Civil Veterinary Dept. Bombay admin report 1932-41 - 1932-1941
Year: 1932
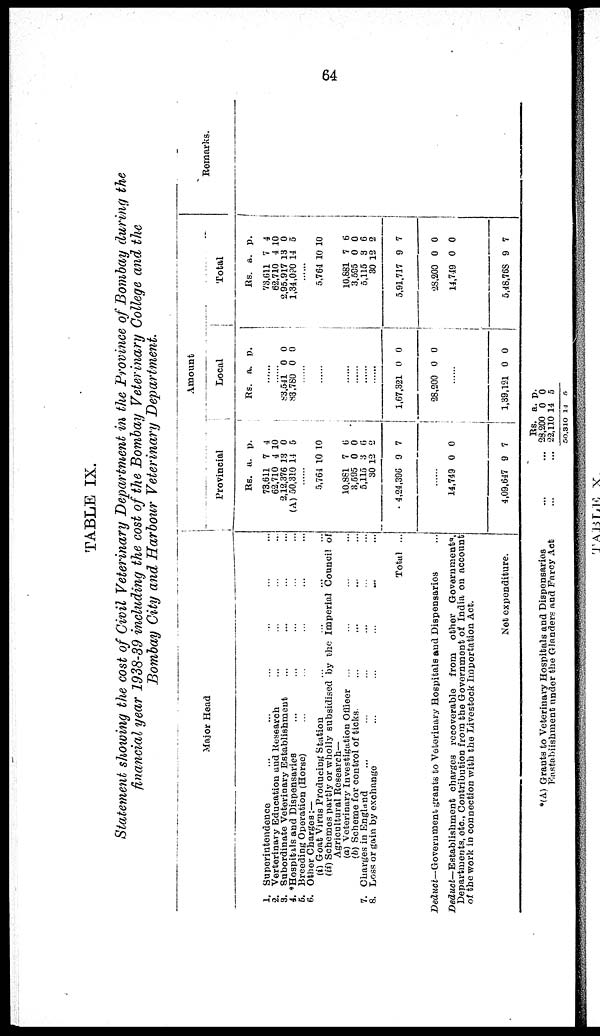
64
TABLE IX.
Statement showing the cost of Civil Veterinary Department in the Province of Bombay during the
financial year 1938-39 including the cost of the Bombay Veterinary College and the
Bombay City and Harbour Veterinary Department.
Major Head
1. Superintendence ... ... ... ...
2. Verterinary Education and Research ... ... ... ...
3. Subordinate Veterinary Establishment ... ... ... ...
4. *Hospitals and Dispensaries ... ... ... ...
6. Breeding Operation (Horse) ... ... ... ...
6. Other Charges;—
(i) Goat Virus Producing Station ... ... ...
(ii) Schemes partly or wholly subsidised by the Imperial Council of
Agricultural Research—
(a) Veterinary Investigation Ofiieer ... ... ...
(6) Scheme for control of ticks. ... ... ... ...
7. Charges in England ... ...
8. Loss or gain by exchange ... ... ... ... ...
Total ...
Deduct—Government
grants to Veterinary Hospitals and Dispensaries ...
Deduct—Establishment
charges recoverable from other Governments,
Departments, etc., Contribution from the Government of India on account
of the work in connection with the Livestock Importation Act.
Net expenditure.
Amount
Provincial
Rs.
73,611
62,710
2,12,376
(A) 50,310
a.
7
4
13
11
p.
4
10
0
5
......
5,764
10,881
3,595
5,115
30
4,24,396
10
7
0
3
12
9
10
6
0
6
2
7
......
14,749
4,09,647
0
9
0
7
Local
Rs. a. p.
......
......
83,541
83,780
0
0
0
0
......
......
......
......
......
......
1,67,321
28,200
0
0
0
0
.......
1,39,121 0 0
Total
Rs.
73,611
62,710
2,95,917
1,34,080
5,764
10,881
3,595
5,115
30
5,91,717
28,200
14,749
5,48,768
a.
7
4
13
14
10
7
0
3
12
9
0
0
9
p.
4
10
0
5
10
6
0
6
2
7
0
0
7
Remarks.
*(A) Grants to Veterinary Hospitals and Dispensaries ... ...
Eastabiishment under the Glanders and Farcy Act ... ...
Rs.
23,200
2-2,110
50,310
a.
0
14
14
p.
0
5
5